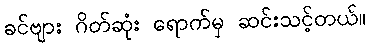
ခင်ဗျား ဂိတ်ဆုံး ရောက်မှ ဆင်းသင့်တယ်။